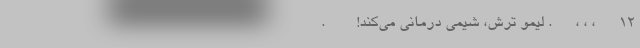
۱۲      ، ، ،      . لیمو ترش، شیمی‌ درمانی می‌کند!        .  ‌